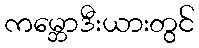
ကမ္ဘောဒီးယားတွင်